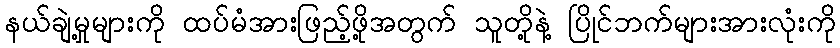
နယ်ချဲ့မှုများကို ထပ်မံအားဖြည့်ဖို့အတွက် သူတို့နဲ့ ပြိုင်ဘက်များအားလုံးကို